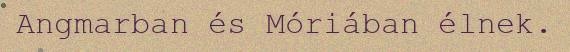
Angmarban és Móriában élnek.